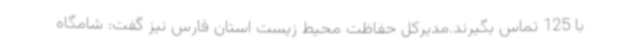
با 125 تماس بگیرند.مدیرکل حفاظت محیط زیست استان فارس نیز گفت: شامگاه